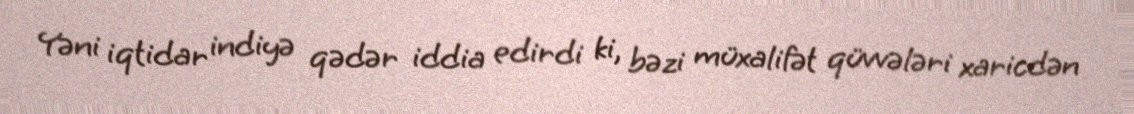
Yəni iqtidar indiyə qədər iddia edirdi ki, bəzi müxalifət qüvvələri xaricdən